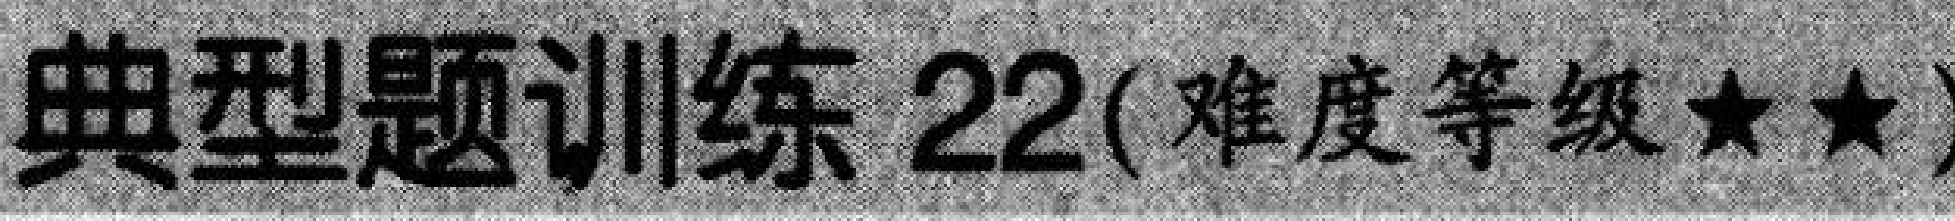
典型题训练 \(22\)（难度等级 \(\star\star\)）